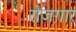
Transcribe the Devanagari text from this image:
रोजग़ार